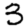
Digit: 3